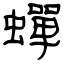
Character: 蟬